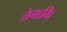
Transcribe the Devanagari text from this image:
तेगामि